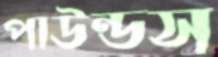
পাউন্ডস